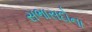
સભાસદોના